Civil Veterinary Dept. North-West Frontier Province 1933-46 - 1933-1946
Year: 1933
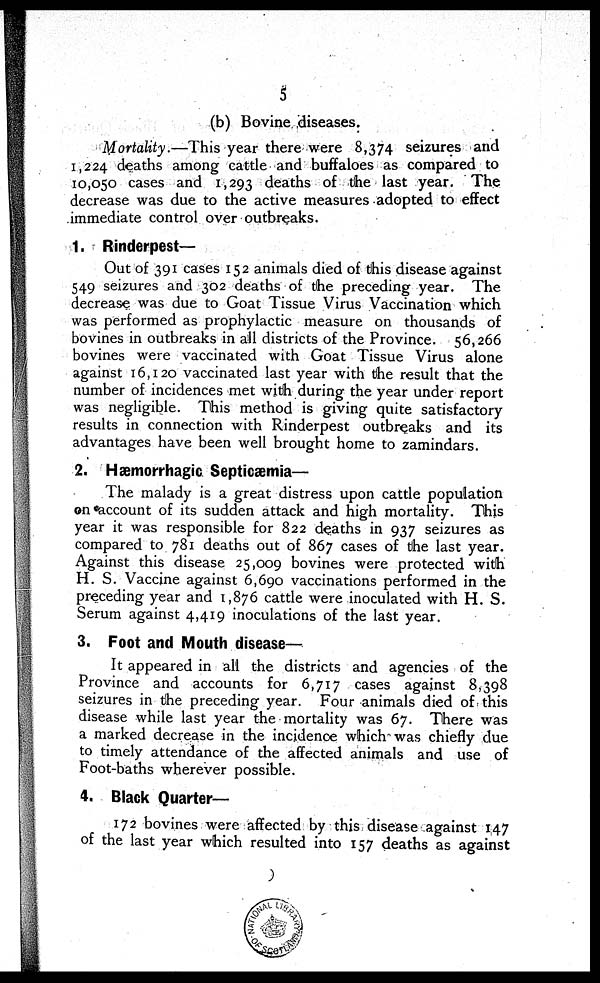
5
(b) Bovine diseases.
Mortality.—This year there were 8,374 seizures and
1,224 deaths among cattle and buffaloes as compared to
10,050 cases and 1,293 deaths of the last year. The
decrease was due to the active measures adopted to effect
immediate control over outbreaks.
1. Rinderpest-
Out of 391 cases 152 animals died of this disease against
549 seizures and 302 deaths of the preceding year. The
decrease was due to Goat Tissue Virus Vaccination which
was performed as prophylactic measure on thousands of
bovines in outbreaks in all districts of the Province. 56,266
bovines were vaccinated with Goat Tissue Virus alone
against 16,120 vaccinated last year with the result that the
number of incidences met with during the year under report
was negligible. This method is giving quite satisfactory
results in connection with Rinderpest outbreaks and its
advantages have been well brought home to zamindars.
2. Hæmorrhagic Septicæmia—
The malady is a great distress upon cattle population
on account of its sudden attack and high mortality. This
year it was responsible for 822 deaths in 937 seizures as
compared to 781 deaths out of 867 cases of the last year.
Against this disease 25,009 bovines were protected with
H. S. Vaccine against 6,690 vaccinations performed in the
preceding year and 1,876 cattle were inoculated with H. S.
Serum against 4,419 inoculations of the last year.
3. Foot and Mouth disease—
It appeared in all the districts and agencies of the
Province and accounts for 6,717 cases against 8,398
seizures in the preceding year. Four animals died of this
disease while last year the mortality was 67. There was
a marked decrease in the incidence which was chiefly due
to timely attendance of the affected animals and use of
Foot-baths wherever possible.
4. Black Quarter—
172 bovines were affected by this disease against 147
of the last year which resulted into 157 deaths as against